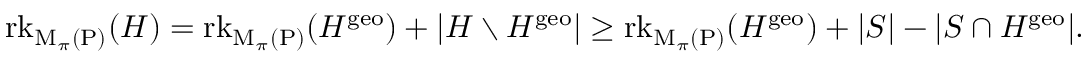
\operatorname { r k } _ { \mathrm { M } _ { \pi } ( \mathrm { P } ) } ( H ) = \operatorname { r k } _ { \mathrm { M } _ { \pi } ( \mathrm { P } ) } ( H ^ { \mathrm { g e o } } ) + | H \setminus H ^ { \mathrm { g e o } } | \ge \operatorname { r k } _ { \mathrm { M } _ { \pi } ( \mathrm { P } ) } ( H ^ { \mathrm { g e o } } ) + | S | - | S \cap H ^ { \mathrm { g e o } } | .